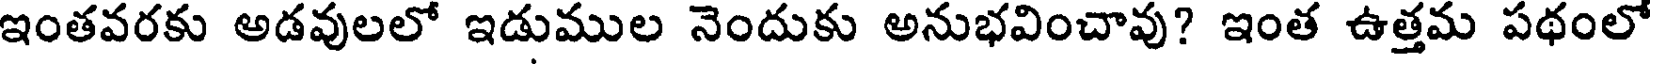
ఇంతవరకు అడవులలో ఇడుముల నెందుకు అనుభవించావు? ఇంత ఉత్తమ పథంలో